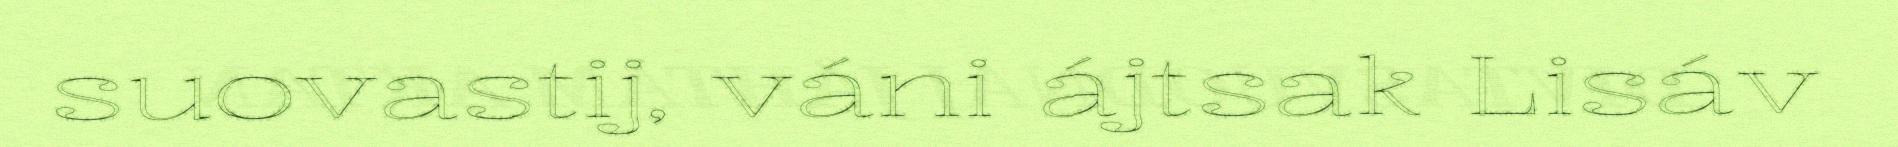
suovastij, váni ájtsak Lisáv